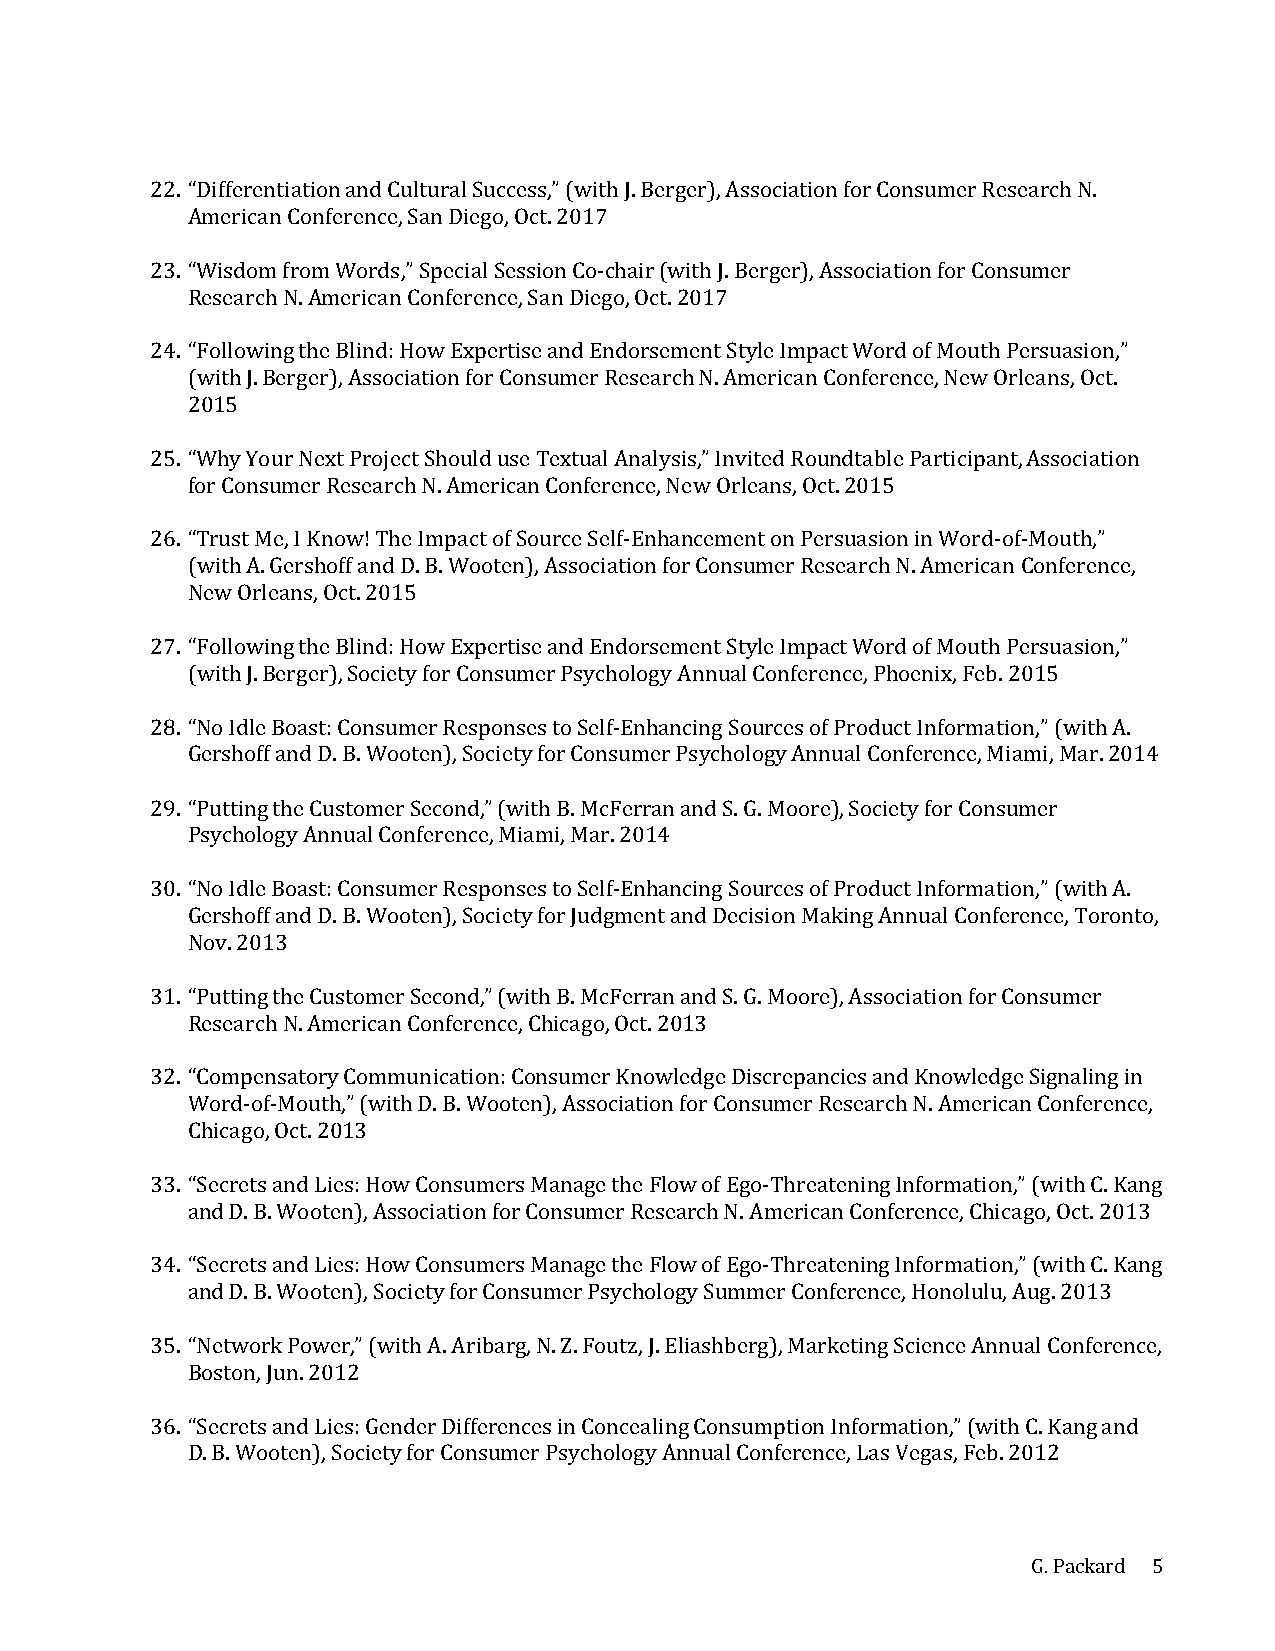
22. “Differentiation and Cultural Success,” (with J. Berger), Association for Consumer Research N.
 American Conference, San Diego, Oct. 2017
 23. “Wisdom from Words,” Special Session Co-chair (with J. Berger), Association for Consumer
 Research N. American Conference, San Diego, Oct. 2017
 24. “Following the Blind: How Expertise and Endorsement Style Impact Word of Mouth Persuasion,”
 (with J. Berger), Association for Consumer Research N. American Conference, New Orleans, Oct.
 2015
 25. “Why Your Next Project Should use Textual Analysis,” Invited Roundtable Participant, Association
 for Consumer Research N. American Conference, New Orleans, Oct. 2015
 26. “Trust Me, I Know! The Impact of Source Self-Enhancement on Persuasion in Word-of-Mouth,”
 (with A. Gershoff and D. B. Wooten), Association for Consumer Research N. American Conference,
 New Orleans, Oct. 2015
 27. “Following the Blind: How Expertise and Endorsement Style Impact Word of Mouth Persuasion,”
 (with J. Berger), Society for Consumer Psychology Annual Conference, Phoenix, Feb. 2015
 28. “No Idle Boast: Consumer Responses to Self-Enhancing Sources of Product Information,” (with A.
 Gershoff and D. B. Wooten), Society for Consumer Psychology Annual Conference, Miami, Mar. 2014
 29. “Putting the Customer Second,” (with B. McFerran and S. G. Moore), Society for Consumer
 Psychology Annual Conference, Miami, Mar. 2014
 30. “No Idle Boast: Consumer Responses to Self-Enhancing Sources of Product Information,” (with A.
 Gershoff and D. B. Wooten), Society for Judgment and Decision Making Annual Conference, Toronto,
 Nov. 2013
 31. “Putting the Customer Second,” (with B. McFerran and S. G. Moore), Association for Consumer
 Research N. American Conference, Chicago, Oct. 2013
 32. “Compensatory Communication: Consumer Knowledge Discrepancies and Knowledge Signaling in
 Word-of-Mouth,” (with D. B. Wooten), Association for Consumer Research N. American Conference,
 Chicago, Oct. 2013
 33. “Secrets and Lies: How Consumers Manage the Flow of Ego-Threatening Information,” (with C. Kang
 and D. B. Wooten), Association for Consumer Research N. American Conference, Chicago, Oct. 2013
 34. “Secrets and Lies: How Consumers Manage the Flow of Ego-Threatening Information,” (with C. Kang
 and D. B. Wooten), Society for Consumer Psychology Summer Conference, Honolulu, Aug. 2013
 35. “Network Power,” (with A. Aribarg, N. Z. Foutz, J. Eliashberg), Marketing Science Annual Conference,
 Boston, Jun. 2012
 36. “Secrets and Lies: Gender Differences in Concealing Consumption Information,” (with C. Kang and
 D. B. Wooten), Society for Consumer Psychology Annual Conference, Las Vegas, Feb. 2012
 G. Packard 5